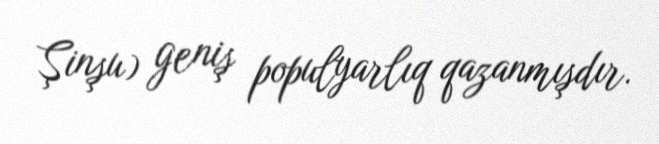
Şinşu) geniş populyarlıq qazanmışdır.